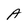
Character: A